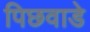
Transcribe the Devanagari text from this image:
पिछवाडे